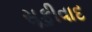
સૂફીવાદ